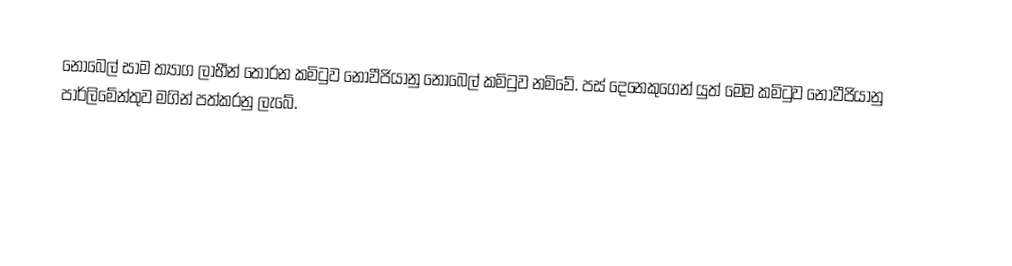
නොබෙල් සාම ත්‍යාග ලාභීන් තොරන කමිටුව නෝවීජියානු නොබෙල් කමිටුව නමිවේ. පස් දෙනෙකුගෙන් යුත් මෙම කමිටුව නෝවීජියානු පාර්ලිමේන්තුව මගින් පත්කරනු ලැබේ.